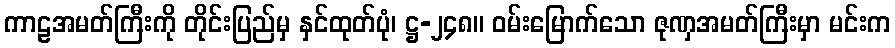
ကာဠအမတ်ကြီးကို တိုင်းပြည်မှ နှင်ထုတ်ပုံ၊ ဋ္ဌ-၂၄၈။ ဝမ်းမြောက်သော ဇုဏှအမတ်ကြီးမှာ မင်းက